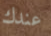
عندك